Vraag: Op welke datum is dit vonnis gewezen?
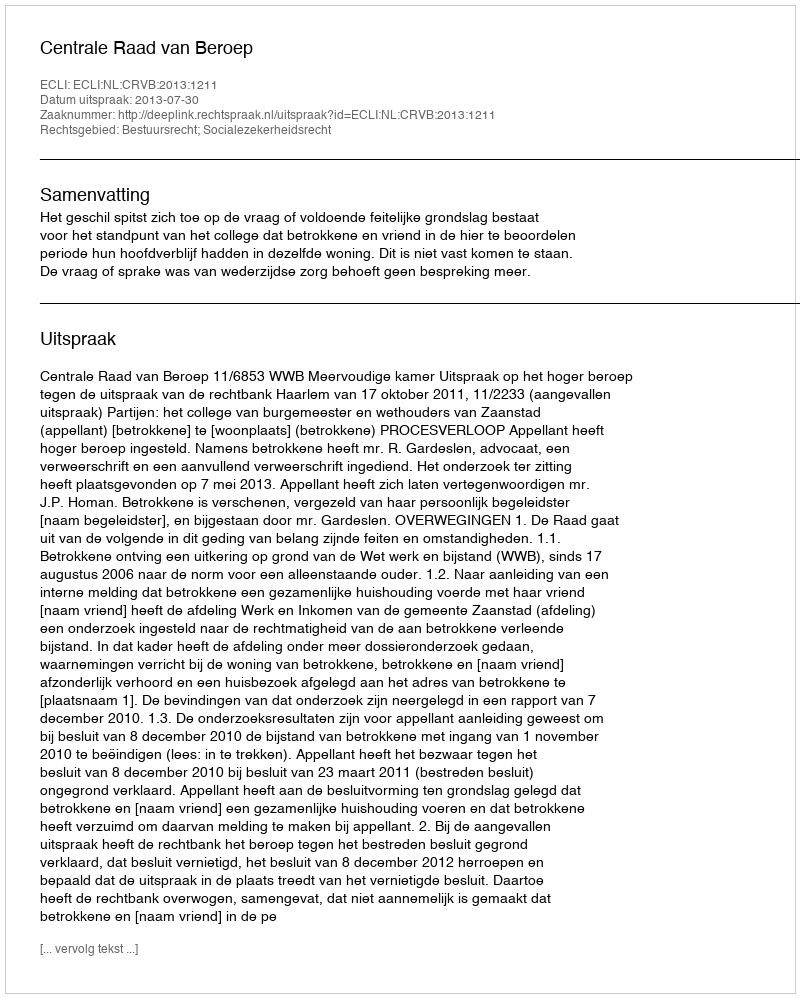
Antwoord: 2013-07-30